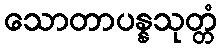
သောတာပန္နသုတ္တံ